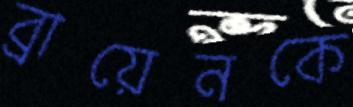
ব্রায়েনকে